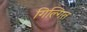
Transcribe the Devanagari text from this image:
गिल्गित